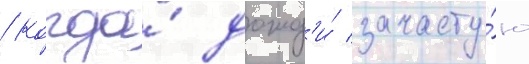
/ когда́ дожд'и́ зачасту́ю